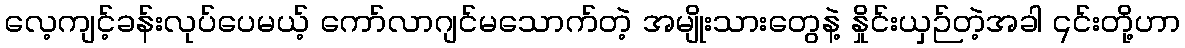
လေ့ကျင့်ခန်းလုပ်ပေမယ့် ကော်လာဂျင်မသောက်တဲ့ အမျိုးသားတွေနဲ့ နှိုင်းယှဉ်တဲ့အခါ ၎င်းတို့ဟာ